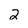
Character: 2